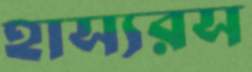
হাস্যরস